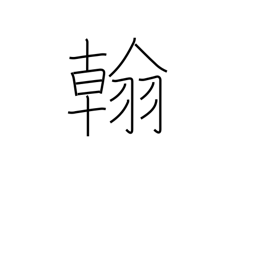
Meaning: letter